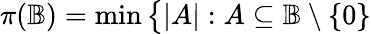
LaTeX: \pi({\mathbb{B}})=\operatorname*{min}{\big\{ }|A|:A\subseteq{\mathbb{B}}\setminus\{ 0\}